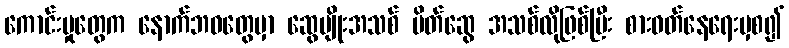
ကောင်းမှုတွေက နောက်ဘဝတွေမှာ ဆွေမျိုးအသစ် မိတ်ဆွေ အသစ်လိုဖြစ်ပြီး စားဝတ်နေရေးမှစ၍